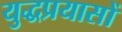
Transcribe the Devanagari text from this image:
युद्धप्रयासों